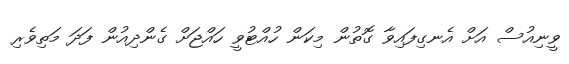
ވީނިއުސް އަށް އެނގިފައިވާ ގޮތުން މިކަން ހުއްޓުވީ ހައްޖަށް ގެންދިއުން ފަދަ މަތިވެރި